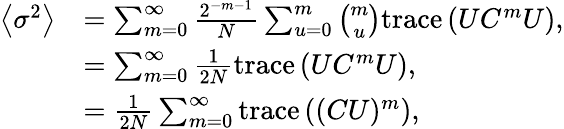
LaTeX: \begin{array}{rl}{\left\langle\sigma^{2}\right\rangle}&{=\sum_{m=0}^{\infty}\frac{2^{-m-1}}{N}\sum_{u=0}^{m}\binom{m}{u}\mathrm{trace}\left(UC^{m}U\right),}\\ &{=\sum_{m=0}^{\infty}\frac{1}{2N}\mathrm{trace}\left(UC^{m}U\right),}\\ &{=\frac{1}{2N}\sum_{m=0}^{\infty}\mathrm{trace}\left((CU)^{m}\right),}\end{array}